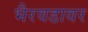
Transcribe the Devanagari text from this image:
भैरवडावर